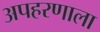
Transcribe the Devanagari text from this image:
अपहरणाला